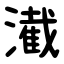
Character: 㵶